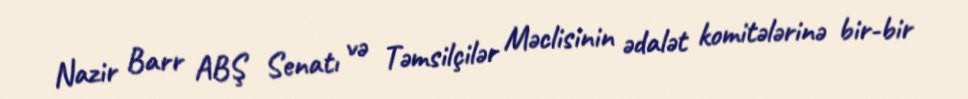
Nazir Barr ABŞ Senatı və Təmsilçilər Məclisinin ədalət komitələrinə bir-bir